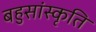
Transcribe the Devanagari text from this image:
बहुसांस्कृति